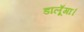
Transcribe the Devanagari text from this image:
डालूँगा।